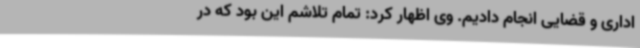
اداری و قضایی انجام دادیم. وی اظهار کرد: تمام تلاشم این بود که در